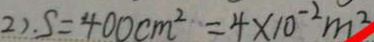
2 ) . S = 4 0 0 c m ^ { 2 } = 4 \times 1 0 ^ { - 2 } m ^ { 2 }